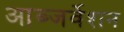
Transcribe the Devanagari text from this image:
आब्जर्वेशन